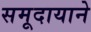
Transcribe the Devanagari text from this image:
समूदायाने